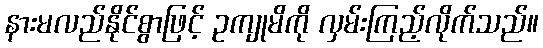
နားမလည်နိုင်စွာဖြင့် ဥကျုမိကို လှမ်းကြည့်လိုက်သည်။